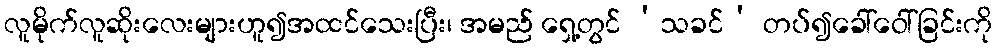
လူမိုက်လူဆိုးလေးများဟူ၍အထင်သေးပြီး၊ အမည် ရှေ့တွင် ‘သခင်’ တပ်၍ခေါ်ဝေါ်ခြင်းကို